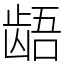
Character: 龉